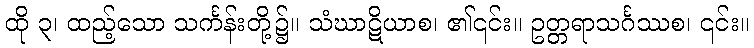
ထို ၃၊ ထည့်သော သင်္ကန်းတို့၌။ သံဃာဋိယာစ၊ ၏၎င်း။ ဥတ္တရာသင်္ဂဿစ၊ ၎င်း။